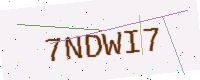
Text: 7NDWI7